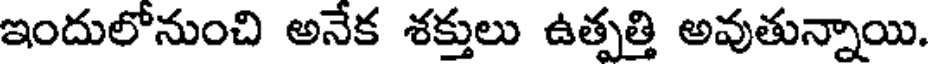
ఇందులోనుంచి అనేక శక్తులు ఉత్పత్తి అవుతున్నాయి.